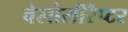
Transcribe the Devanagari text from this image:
वेलोसीरैप्टर